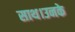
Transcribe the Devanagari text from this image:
साथ।उनके